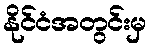
နိုင်ငံအတွင်းမှ